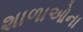
શાળાઓના